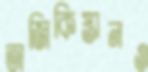
তাজিকিস্তানও